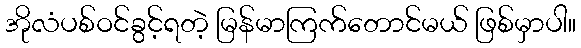
အိုလံပစ်ဝင်ခွင့်ရတဲ့ မြန်မာကြက်တောင်မယ် ဖြစ်မှာပါ။